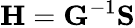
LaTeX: \mathbf{H}=\mathbf{G}^{-1}\mathbf{S}